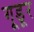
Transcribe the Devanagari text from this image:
गूडूर